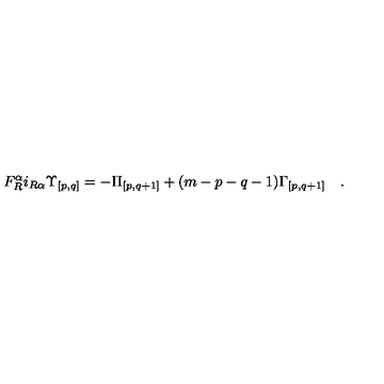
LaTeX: F _ { R } ^ { \alpha } i _ { R \alpha } { \Upsilon } _ { { [ p , q ] } } = - { \Pi } _ { [ p , q + 1 ] } + ( m - p - q - 1 ) { \Gamma } _ { { [ p , q + 1 ] } } \quad .